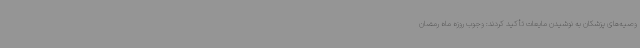
وصیه‌های پزشکان به نوشیدن مایعات تأکید کردند: وجوب روزه ماه رمضان